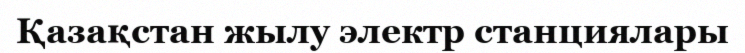
Қазақстан жылу электр станциялары